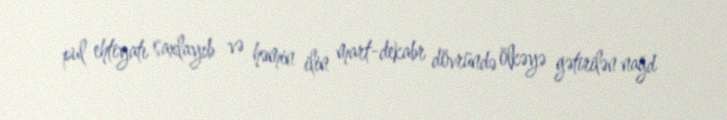
pul ehtiyatı saxlayıb və həmin ilin mart-dekabr dövründə ölkəyə gətirilən nağd